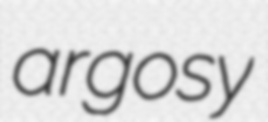
argosy